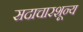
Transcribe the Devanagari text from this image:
सदाचारशून्य